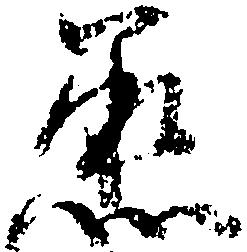
丞